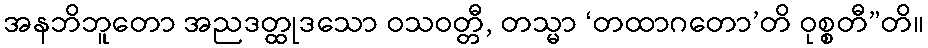
အနဘိဘူတော အညဒတ္ထုဒသော ဝသဝတ္တီ, တသ္မာ ‘တထာဂတော’တိ ဝုစ္စတီ”တိ။